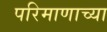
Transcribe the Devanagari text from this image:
परिमाणाच्या